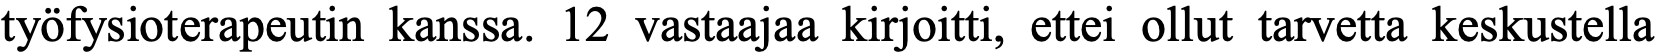
työfysioterapeutin kanssa. 12 vastaajaa kirjoitti, ettei ollut tarvetta keskustella